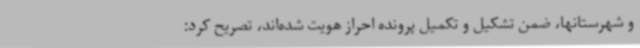
و شهرستانها، ضمن تشکیل و تکمیل پرونده احراز هویت شده‌اند، تصریح کرد: